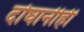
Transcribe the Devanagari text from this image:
दोघानीही